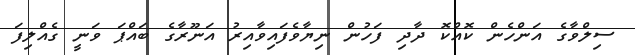
ސިލްވާގެ އަންހެން ކޮއްކޮ ދާދި ފަހުން ނިޔާވެފައިވާއިރު އަނޫރާގެ ބައްޕަ ވަނީ ގެއްލިފަ